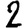
Digit: 2